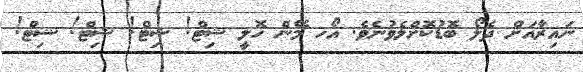
ނައިރާއަށް ދެލޯ ބޮޑުކޮށްލެވުނެވެ. އޯހ މޭން ހޮލީ ޝިޓް! ޝިޓް! ޝިޓް! ޝިޓް!